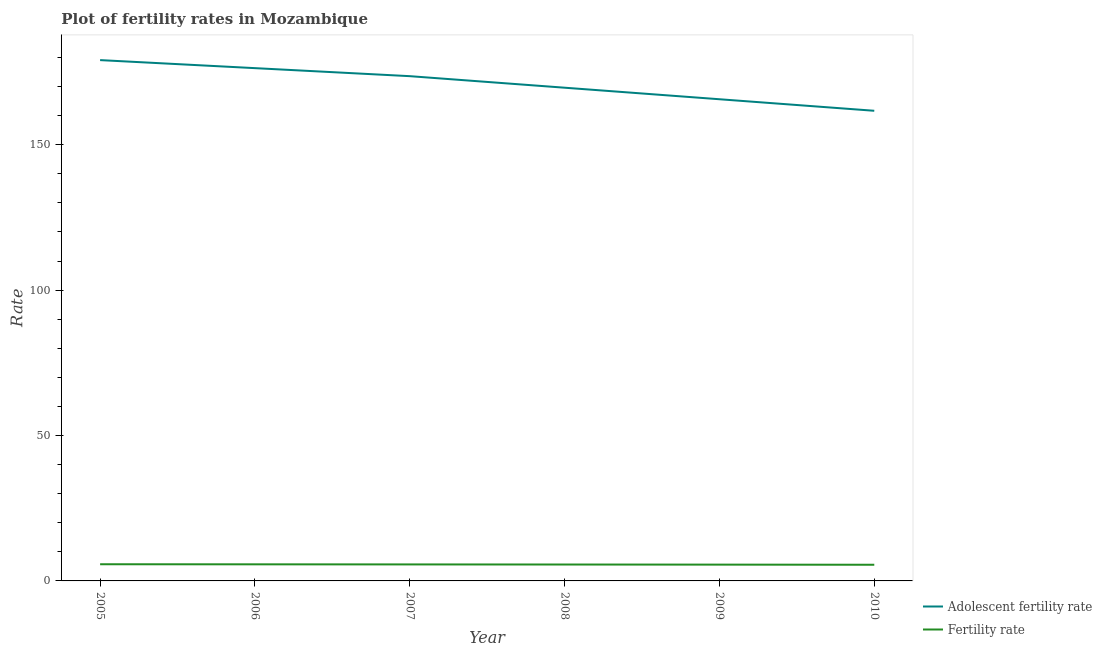
| Year | Adolescent fertility rate | Fertility rate |
 | --- | --- | --- |
 | 2005 | 179 | 5.74 |
 | 2006 | 176 | 5.71 |
 | 2007 | 174 | 5.67 |
 | 2008 | 170 | 5.64 |
 | 2009 | 166 | 5.6 |
 | 2010 | 162 | 5.56 |